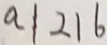
a 1 2 1 6